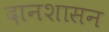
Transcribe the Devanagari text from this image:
दानशासन